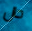
حال